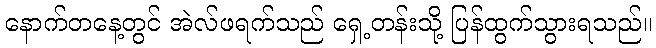
နောက်တနေ့တွင် အဲလ်ဖရက်သည် ရှေ့တန်းသို့ ပြန်ထွက်သွားရသည်။